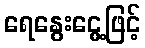
ရေနွေးငွေ့ဖြင့်